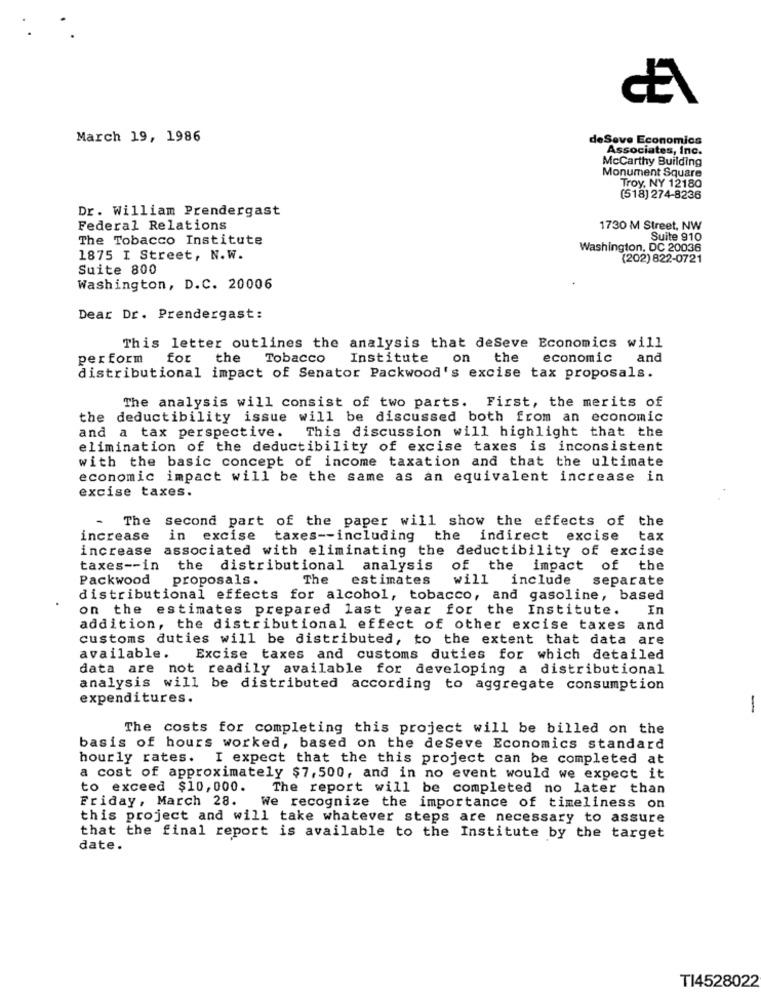
March 19, 1986
deSove Economics
Associates, Inc.
Mccarthy Building
Monument Square
Troy, NY 12180
(518) 274-8236
Dr. William Prendergast
Federal Relations
1730 M Street, NW
The Tobacco Institute
Suite 910
Washington, DC 20036
1875 I Street, N.W.
(202) 822-0721
Suite 800
Washington, D.C. 20006
Dear Dr. Prendergast:
This letter outlines the analysis that deSeve Economics will
perform
for
the
Tobacco Institute on the
economic
and
distributional impact of Senator Packwood's excise tax proposals.
The analysis will consist of two parts. First, the merits of
the deductibility issue will be discussed both from an economic
and a tax perspective.
This discussion will highlight that the
elimination of the deductibility of excise taxes is inconsistent
with the basic concept of income taxation and that the ultimate
economic impact will be the same as an equivalent increase in
excise taxes.
- The
Second part of the paper will show the effects of the
increase
in excise
taxes -- including the indirect excise
tax
increase associated with eliminating the deductibility of excise
taxes -- in
the distributional analysis
of the impact of the
Packwood proposals.
The
estimates
will include
separate
distributional effects for alcohol, tobacco, and gasoline, based
on the estimates prepared last year for the Institute.
In
addition, the distributional effect of other excise taxes and
customs duties will be distributed, to the extent that data are
available.
Excise taxes and customs duties for which detailed
data are not readily available for developing a distributional
analysis will be distributed according to aggregate consumption
expenditures.
-
The costs for completing this project will be billed on the
basis of hours worked, based on the deSeve Economics standard
hourly rates. I expect that the this project can be completed at
a cost of approximately $7,500, and in no event would we expect it
to exceed $10,000.
The report will be completed no later than
Friday, March 28.
We recognize the importance of timeliness on
this project and will take whatever steps are necessary to assure
that the final report is available to the Institute by the target
date.
TI4528022